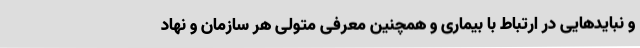
و نبایدهایی در ارتباط با بیماری و همچنین معرفی متولی هر سازمان و نهاد